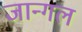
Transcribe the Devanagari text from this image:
जान्गल